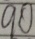
9 0